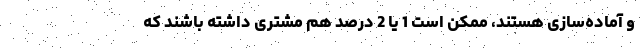
و آماده‌سازی هستند، ممکن است 1 یا 2 درصد هم مشتری داشته باشند که